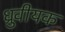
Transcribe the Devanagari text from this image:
ध्रुवीयक